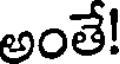
అంతే!